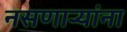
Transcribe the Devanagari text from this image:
नसणाऱ्यांना